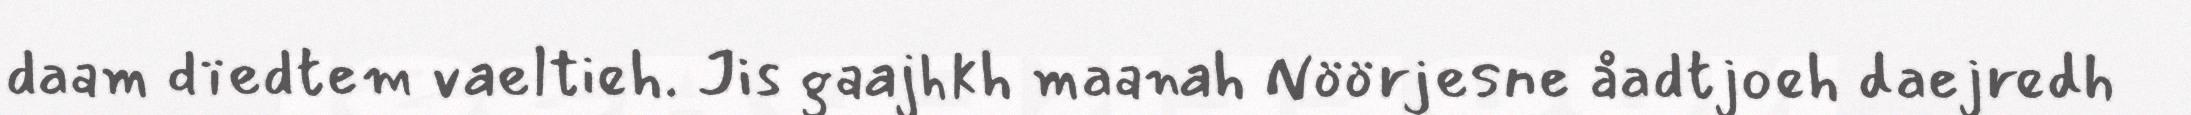
daam dïedtem vaeltieh. Jis gaajhkh maanah Nöörjesne åadtjoeh daejredh